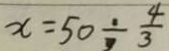
x = 5 0 \div \frac { 4 } { 3 }